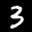
Label: 3